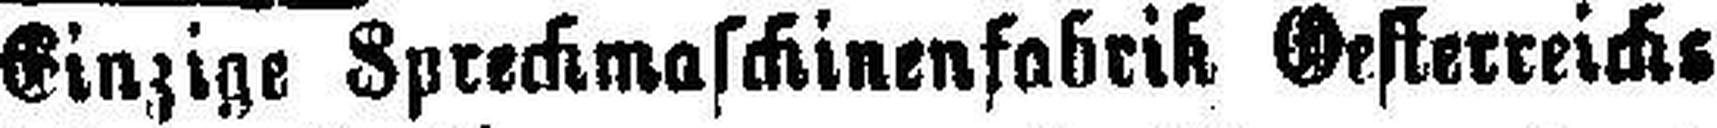
Einzige Sprechmaschinenfabrik Gesterreiche